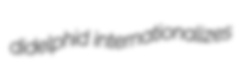
didelphid internationalizes